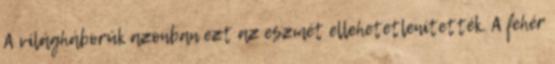
A világháborúk azonban ezt az eszmét ellehetetlenítették. A fehér